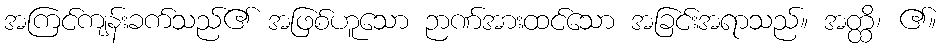
အကြင်ကျန်းခက်သည်၏ အဖြစ်ဟူသော ဉာဏ်အားထင်သော အခြင်းအရာသည်။ အတ္ထိ၊ ၏။